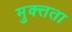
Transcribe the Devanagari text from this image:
मुक्त्तता